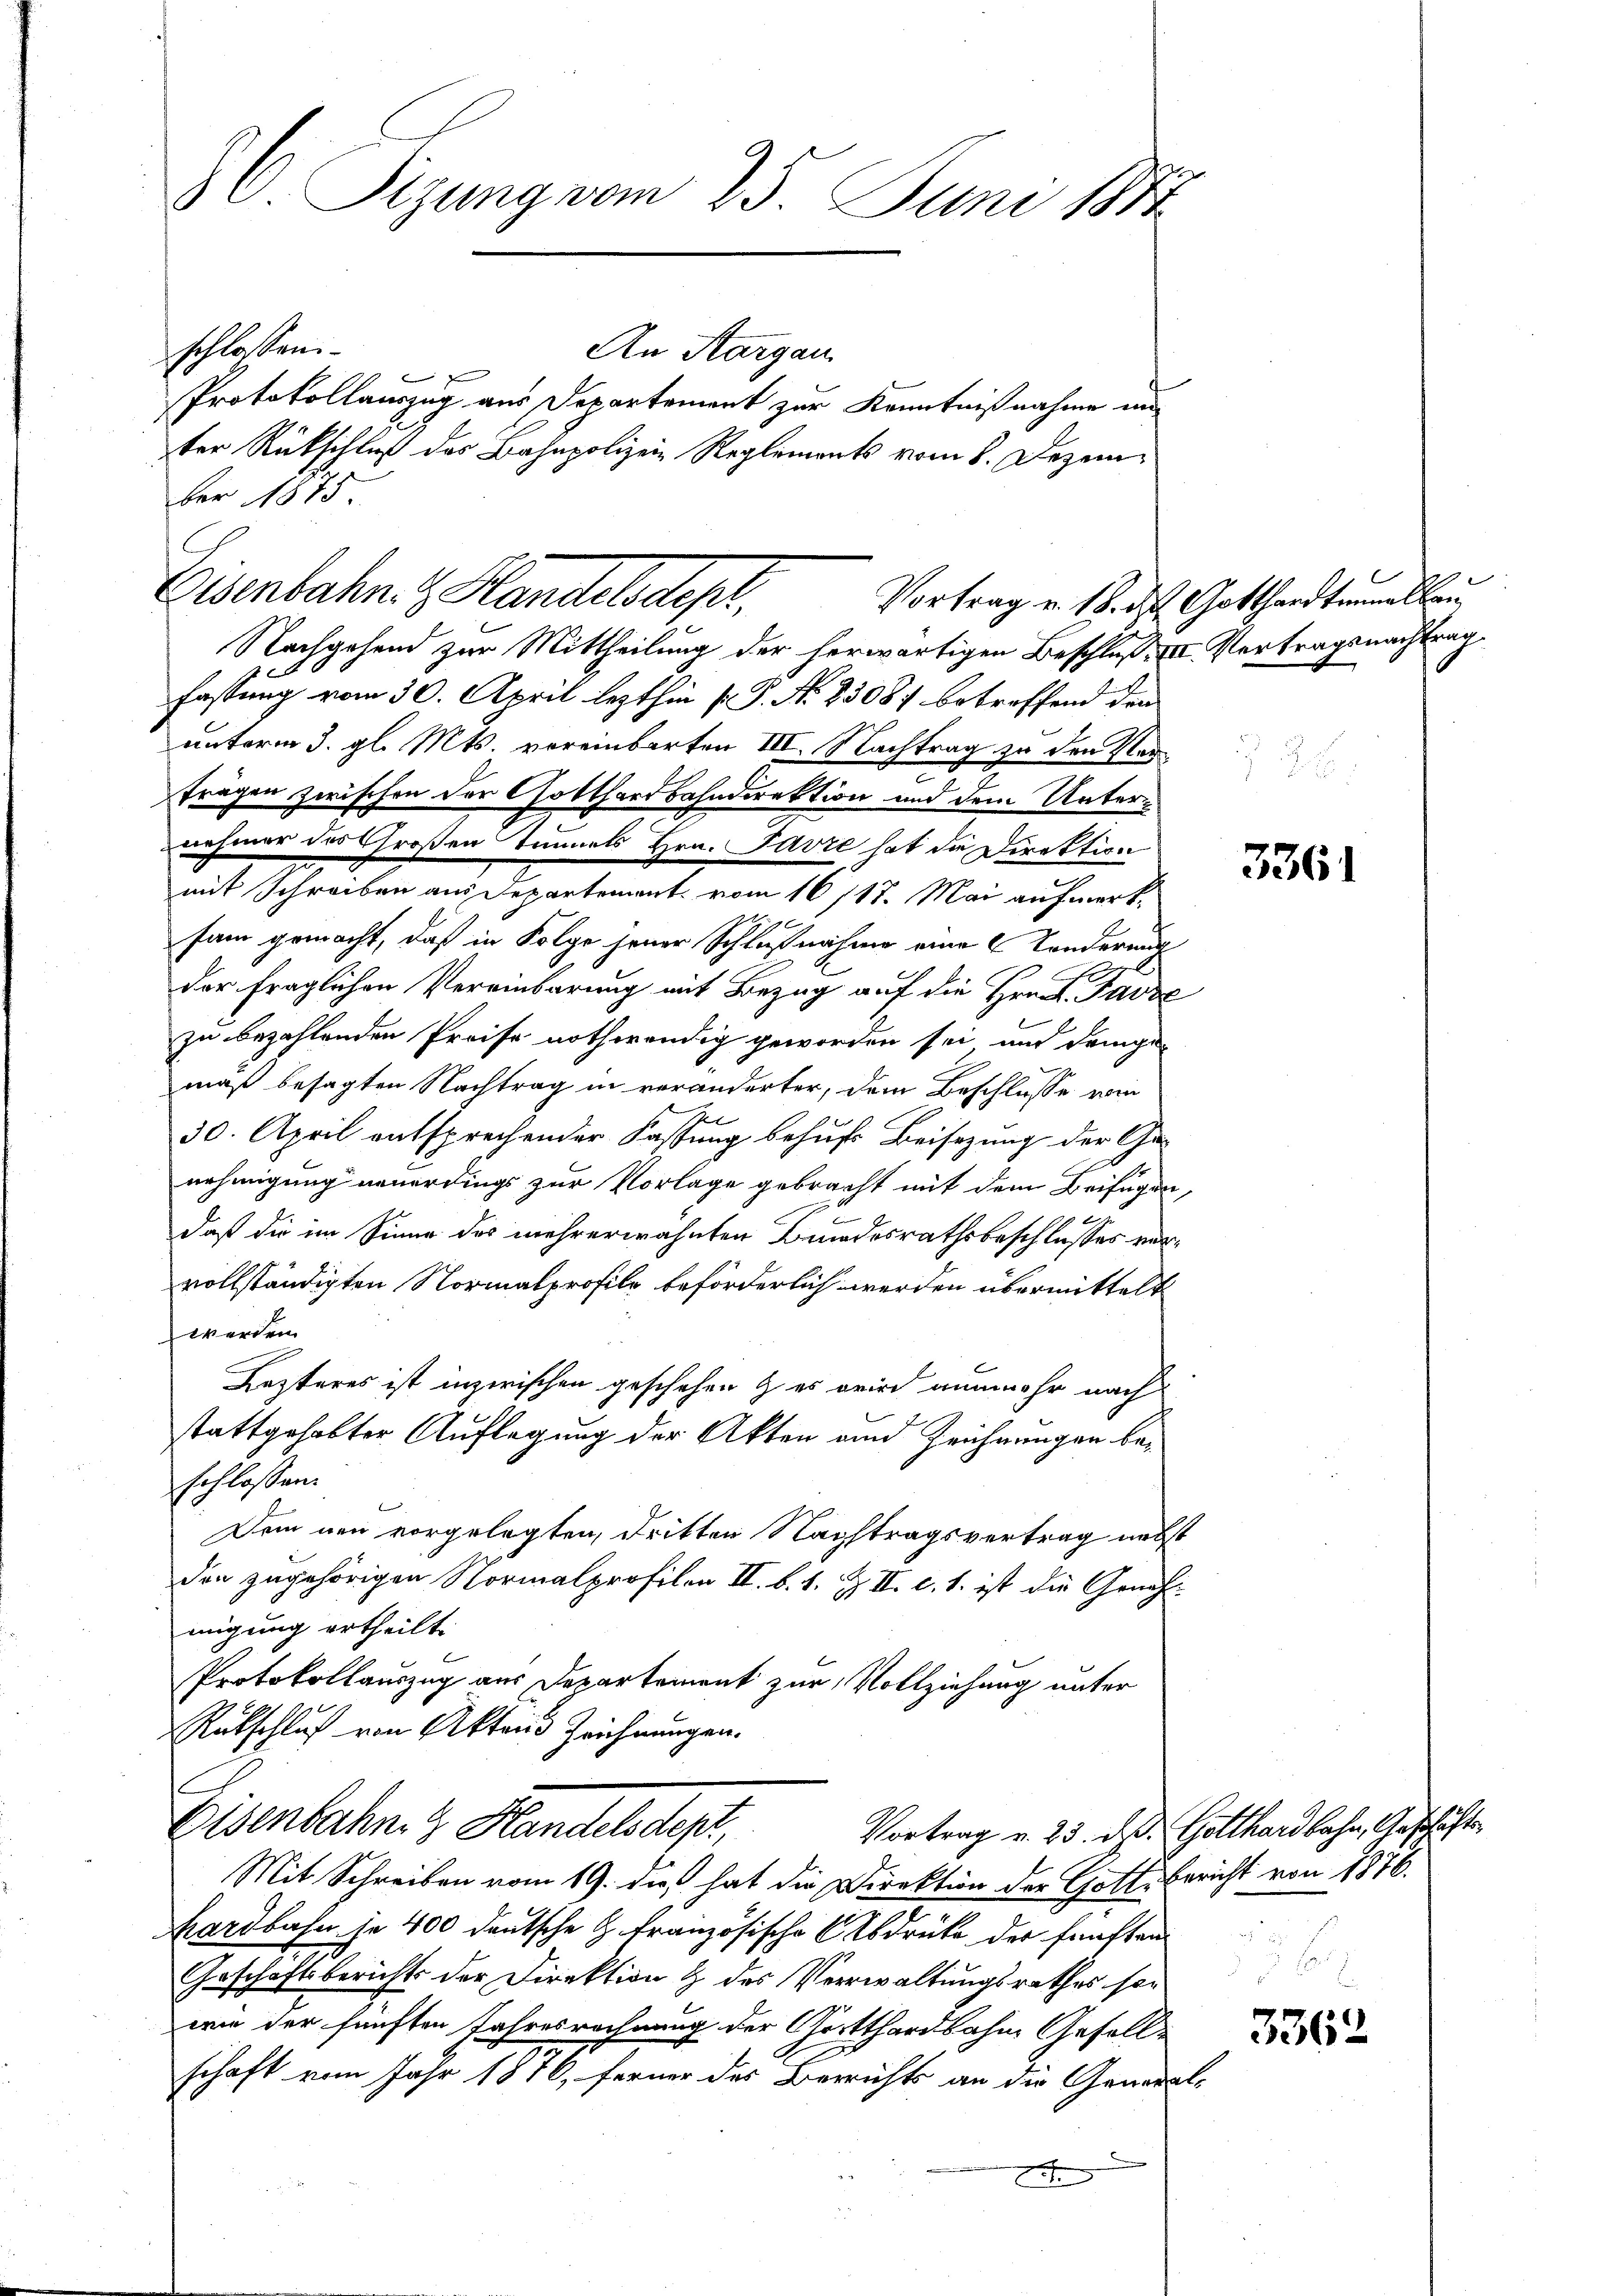
3 J. Stzung vom 25. Juni 1884

schlossen:
An Aargau
e
Protokollauszug aus Departement zur Kenntnißnahme un-
ter Rückschluß des Bahnpolizein Reglements vom 8. Dezember 1875
Nachgehend zur Mittheilung der herwärtigen Beschluß, XII. Vertragsnachtrag
1
fassung vom 30. April lezthin P. P. Nr. 23087 betreffend den
unterm 3. gl. Mts. voreinbarten III. Nachtrag zu den Nadfrägen zwischen der Gotthardbahndirektion und dem Unternehmer des Großen Tunnels Hrn. Favre hat die Direktion
mit Schreiben aus Departement vom 16 117. Mai aufmerksam gemacht, daß in Folge jener Schlußnahme eine 2 Sonderung
E
der fraglichen Vereinbarung mit Bezug auf die Hrn. Parze
zu bezahlenden Preise nothwendig geworden sei, und dringen
mäß besagten Nachtrag in veränderter, dem Beschlüsse vom
30. April entsprechender Fassung behufs Beisezung der Ge-
nehmigung neuerdings zur Vorlage gebracht mit dem Beifügenf
daß die im Sinne des mehrerwähnten Bundesrathsbeschlusses vervollständigten Normalprofile beförderlich werden übermittelt
werden
Lezteres ist inzwischen geschehen & es wird nunmehr nach
stattgehabter Auflegung der Akten und Zeichnungen beschlossen.
Dem neu vorgelegten, dritten Nachtragsvertrag nebst
den zugehörigen Normalprofilen II. b. 1. & II. c. 1. ist die Genehmigung ertheilt.
Protokollauszug aus Departement zur Vollziehung unter
Rütschluß von Akten Zeichnungen.
Eisenbahn. Handels Sept.
Mit Schreiben vom 19. die hat die Direktion der Gottsbericht von 1876.
Mardbahn, je 400 deutsche G. Französische Abdrücke der fünften
Geschaftsberichts der Direktion & des Verwaltungsrathes sowie der fünften Jahresrechnung der Gotthardbahne Gesellschaft vom Jahr 1876, ferner des Berichts an die Genera
Bre

Osenbahn. E. Handelsdepr

Vortrag u. 18. ds Gotthardtrnellan

l

3361

3362

Vortrag v. 23. d. Gotthardbahn, Geschäfte